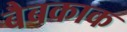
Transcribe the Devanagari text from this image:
बैबकाक